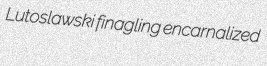
Lutoslawski finagling encarnalized